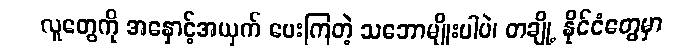
လူတွေကို အနှောင့်အယှက် ပေးကြတဲ့ သဘောမျိုးပါပဲ၊ တချို့ နိုင်ငံတွေမှာ